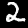
Label: 2